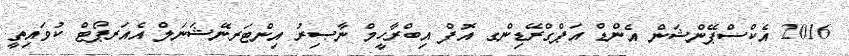
2016 އެކްސްޕޭންޝަން އެންޑް އަޕްގްރޭޑިންގ އޮފް އިބްރާހީމް ނާޞިރު އިންޓަރނޭޝަނަލް އެއަރޕޯޓް ކުވައިތީ